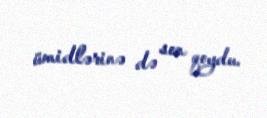
ümidlərinə də son qoydu.